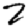
Digit: 2